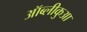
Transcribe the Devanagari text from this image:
ऑब्लीकुआ